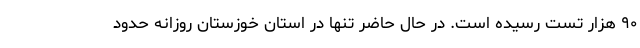
۹۰ هزار تست رسیده است. در حال حاضر تنها در استان خوزستان روزانه حدود